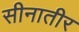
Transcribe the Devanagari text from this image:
सीनातीर